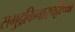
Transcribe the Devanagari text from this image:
समुद्रकिनारपट्टीच्या